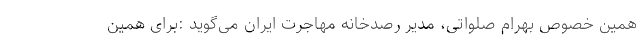
همین خصوص بهرام صلواتی، مدیر رصدخانه مهاجرت ایران می‌گوید :برای همین